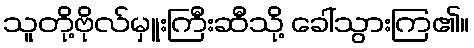
သူတို့ဗိုလ်မှူးကြီးဆီသို့ ခေါ်သွားကြ၏။